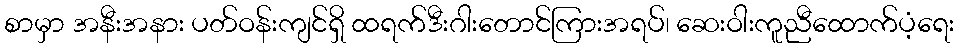
စာမှာ အနီးအနား ပတ်ဝန်းကျင်ရှိ ထရက်ဒီးဂါးတောင်ကြားအရပ်၊ ဆေးဝါးကူညီထောက်ပံ့ရေး